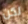
لكن